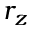
r _ { z }